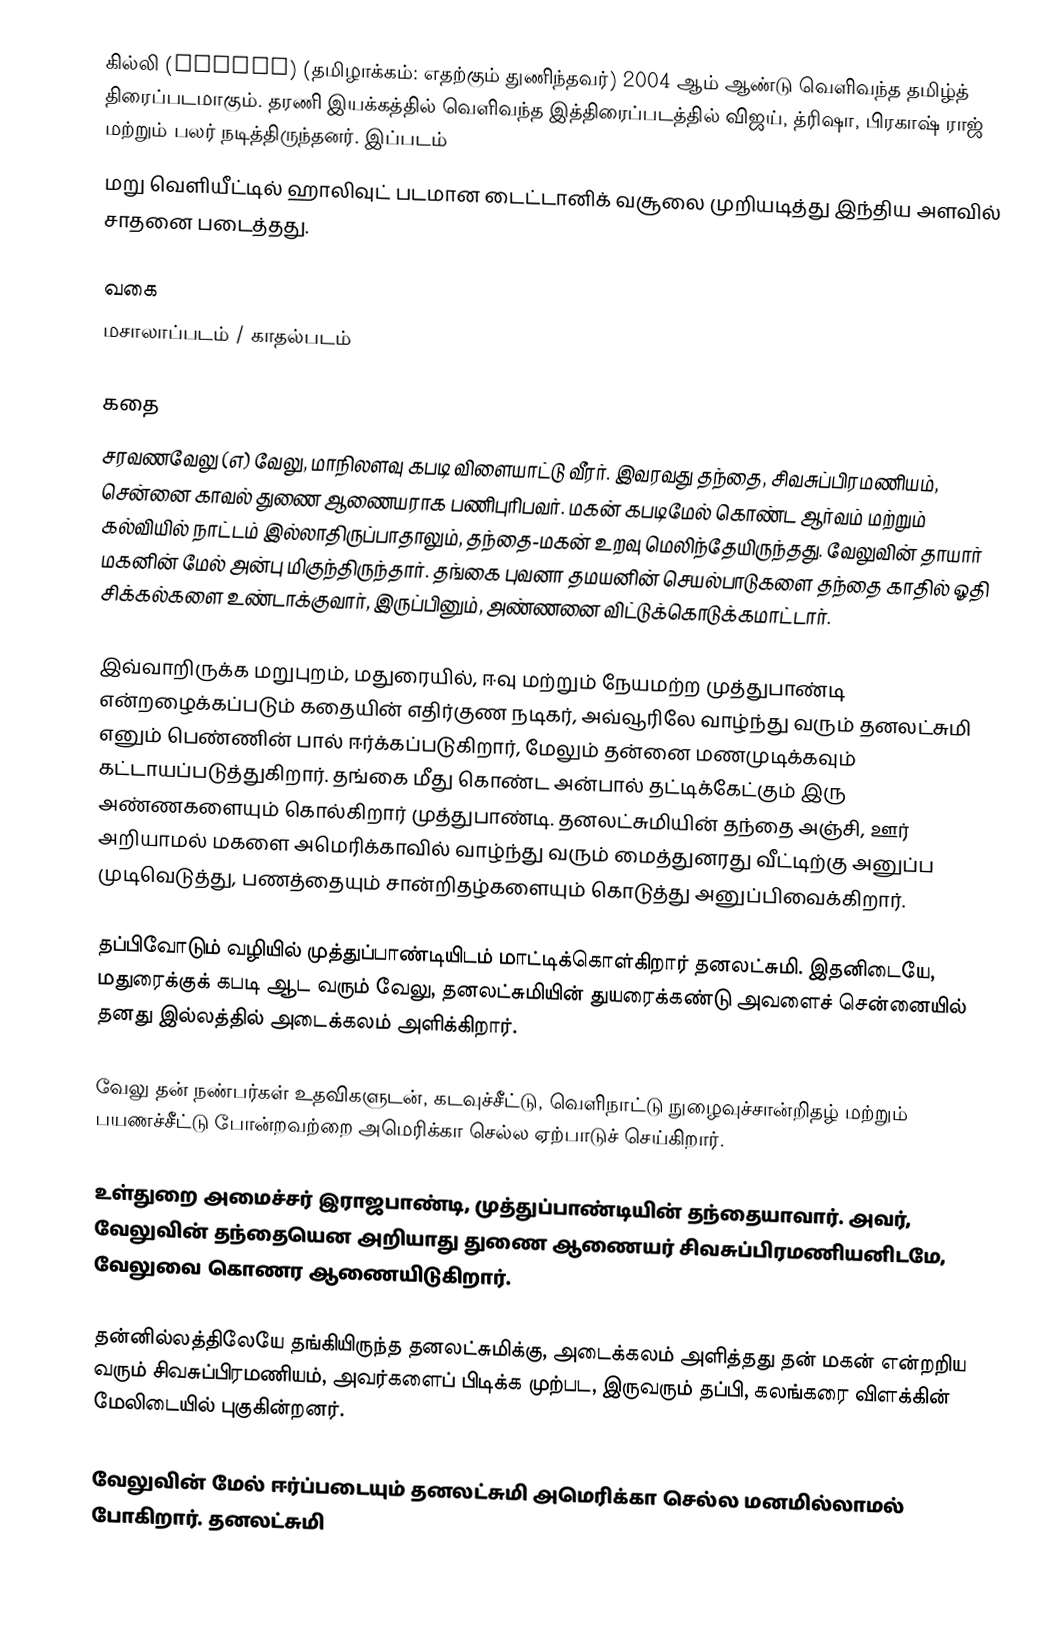
கில்லி (Ghilli) (தமிழாக்கம்: எதற்கும் துணிந்தவர்) 2004 ஆம் ஆண்டு வெளிவந்த தமிழ்த் திரைப்படமாகும். தரணி இயக்கத்தில் வெளிவந்த இத்திரைப்படத்தில் விஜய், த்ரிஷா, பிரகாஷ் ராஜ் மற்றும் பலர் நடித்திருந்தனர். இப்படம்
மறு வெளியீட்டில் ஹாலிவுட் படமான டைட்டானிக் வசூலை முறியடித்து இந்திய அளவில் சாதனை படைத்தது.

வகை
மசாலாப்படம் / காதல்படம்

கதை
சரவணவேலு (எ) வேலு, மாநிலளவு கபடி விளையாட்டு வீரர். இவரவது தந்தை, சிவசுப்பிரமணியம், சென்னை காவல் துணை ஆணையராக பணிபுரிபவர். மகன் கபடிமேல் கொண்ட ஆர்வம் மற்றும் கல்வியில் நாட்டம் இல்லாதிருப்பாதாலும், தந்தை-மகன் உறவு மெலிந்தேயிருந்தது. வேலுவின் தாயார் மகனின் மேல் அன்பு மிகுந்திருந்தார். தங்கை புவனா தமயனின் செயல்பாடுகளை தந்தை காதில் ஓதி சிக்கல்களை உண்டாக்குவார், இருப்பினும், அண்ணனை விட்டுக்கொடுக்கமாட்டார்.

இவ்வாறிருக்க மறுபுறம், மதுரையில்,  ஈவு மற்றும் நேயமற்ற முத்துபாண்டி என்றழைக்கப்படும் கதையின் எதிர்குண நடிகர், அவ்வூரிலே வாழ்ந்து வரும் தனலட்சுமி எனும் பெண்ணின் பால் ஈர்க்கப்படுகிறார், மேலும் தன்னை மணமுடிக்கவும் கட்டாயப்படுத்துகிறார். தங்கை மீது கொண்ட அன்பால் தட்டிக்கேட்கும் இரு அண்ணகளையும் கொல்கிறார் முத்துபாண்டி. தனலட்சுமியின் தந்தை அஞ்சி, ஊர் அறியாமல் மகளை அமெரிக்காவில் வாழ்ந்து வரும் மைத்துனரது வீட்டிற்கு அனுப்ப முடிவெடுத்து, பணத்தையும் சான்றிதழ்களையும்  கொடுத்து அனுப்பிவைக்கிறார்.

தப்பிவோடும் வழியில் முத்துப்பாண்டியிடம் மாட்டிக்கொள்கிறார் தனலட்சுமி. இதனிடையே, மதுரைக்குக் கபடி ஆட வரும் வேலு, தனலட்சுமியின் துயரைக்கண்டு அவளைச் சென்னையில் தனது இல்லத்தில் அடைக்கலம் அளிக்கிறார்.

வேலு தன் நண்பர்கள் உதவிகளுடன், கடவுச்சீட்டு, வெளிநாட்டு நுழைவுச்சான்றிதழ் மற்றும் பயணச்சீட்டு போன்றவற்றை அமெரிக்கா செல்ல ஏற்பாடுச் செய்கிறார்.

உள்துறை அமைச்சர் இராஜபாண்டி, முத்துப்பாண்டியின் தந்தையாவார். அவர், வேலுவின் தந்தையென அறியாது துணை ஆணையர் சிவசுப்பிரமணியனிடமே, வேலுவை கொணர ஆணையிடுகிறார்.

தன்னில்லத்திலேயே தங்கியிருந்த தனலட்சுமிக்கு, அடைக்கலம் அளித்தது தன் மகன் என்றறிய வரும் சிவசுப்பிரமணியம், அவர்களைப் பிடிக்க முற்பட, இருவரும் தப்பி, கலங்கரை விளக்கின் மேலிடையில் புகுகின்றனர்.

வேலுவின் மேல் ஈர்ப்படையும் தனலட்சுமி அமெரிக்கா செல்ல மனமில்லாமல் போகிறார். தனலட்சுமி